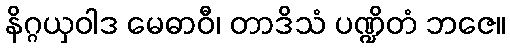
နိဂ္ဂယှဝါဒ မေဓာဝီ၊ တာဒိသံ ပဏ္ဍိတံ ဘဇေ။